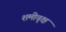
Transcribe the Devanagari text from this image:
शमीवृक्ष